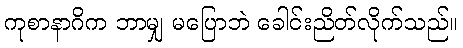
ကုစာနာဂိက ဘာမျှ မပြောဘဲ ခေါင်းညိတ်လိုက်သည်။